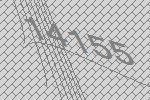
14155